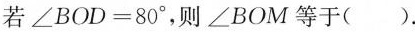
若$$∠ B O D = 8 0 °$$，则∠BOM等于()。